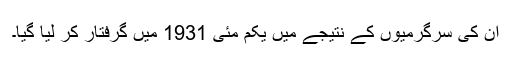
اُن کی سرگرمیوں کے نتیجے میں یکم مئی 1931 میں گرفتار کر لیا گيا۔